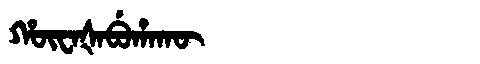
Manchu: ᡥᡡᠸᠠᡧᠠᠪᡠᡥᠠᡴᡡ
Romanization: HŪWAŠABUHAKŪ